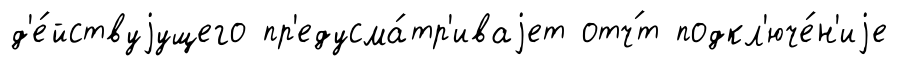
д'е́йствуjущего пр'едусма́тр'иваjет отч́т подкл'юче́н'иjе